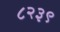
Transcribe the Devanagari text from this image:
८२३९